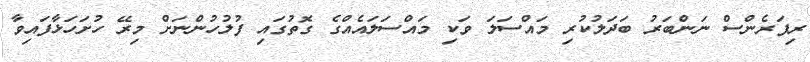
ރިފަރެންސް ނަންބަރު ބަދަލުކުރި މައްސަލަ ވަކި މައްސަލައެއްގެ ގޮތުގައި ފުލުހުންނަށް މިރޭ ހުށަހަޅާފައިވާ